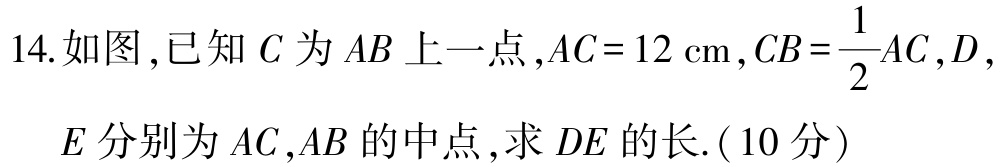
14.如图,已知\(C\)为\(AB\)上一点,\(AC = 12\mathrm{cm}\),\(CB=\frac{1}{2}AC\),\(D\),

\(E\)分别为\(AC\),\(AB\)的中点,求\(DE\)的长.(\(10\)分)